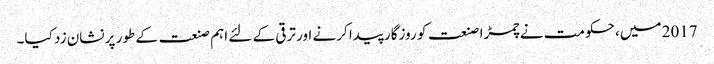
2017 میں، حکومت نے چمڑا صنعت کو روزگار پیدا کرنے اور ترقی کے لئے اہم صنعت کے طور پر نشان زد کیا۔